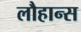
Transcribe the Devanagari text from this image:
लौहान्स